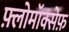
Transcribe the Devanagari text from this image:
फ़्लोमॉक्सेफ़